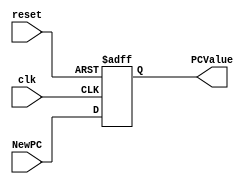
module PC_Register
#(
	parameter N=32
)
(
	input clk,
	input reset,
	input  [N-1:0] NewPC, 
	
	
	output reg [N-1:0] PCValue
);

always@(negedge reset or posedge clk) begin
	if(reset==0)
		PCValue <= 0;
	else	
		PCValue<=NewPC;
end

endmodule